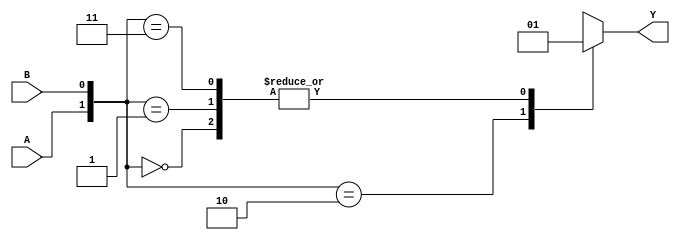
module comb_logic (
    input wire A,      // Input A
    input wire B,      // Input B
    output reg Y       // Output Y
);

// Define the combinational logic using a case statement
always @(*) begin
    case ({A, B})
        2'b00: Y = 1;  // Output for A=0, B=0
        2'b01: Y = 1;  // Output for A=0, B=1
        2'b10: Y = 0;  // Output for A=1, B=0
        2'b11: Y = 1;  // Output for A=1, B=1
        // Don't care conditions
        // 2'bxx: Y = ?; // This line indicates that for any combination of A and B, the output can be either 0 or 1
        default: Y = 0; // Default case
    endcase
end

endmodule